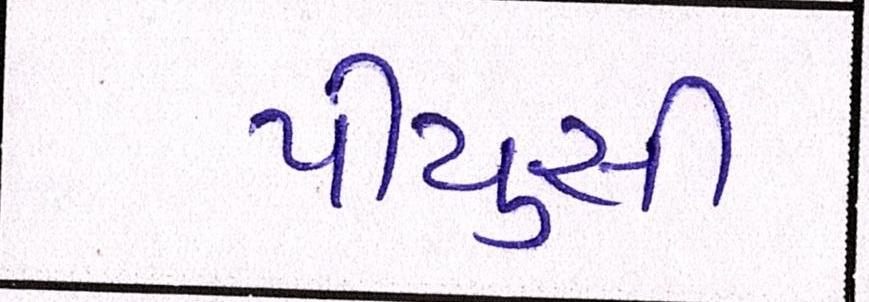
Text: પીયુસી